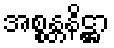
အစ္စန္တနိဋ္ဌာ